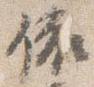
依